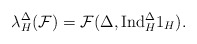
\begin{align*} \lambda_{H}^{\Delta}(\mathcal{F})={\mathcal{F}(\Delta,\mathrm{Ind}_{H}^{\Delta}1_H}).\end{align*}